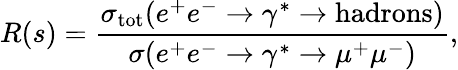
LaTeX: R(s)=\frac{\sigma_{\mathrm{tot}}(e^{+}e^{-}\to\gamma^{*}\to\mathrm{hadrons)}}{\sigma(e^{+}e^{-}\to\gamma^{*}\to\mu^{+}\mu^{-})},